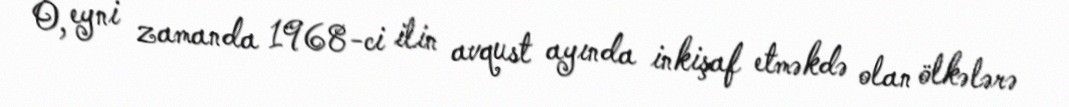
O, eyni zamanda 1968-ci ilin avqust ayında inkişaf etməkdə olan ölkələrə